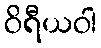
ဝိရီယဝါ